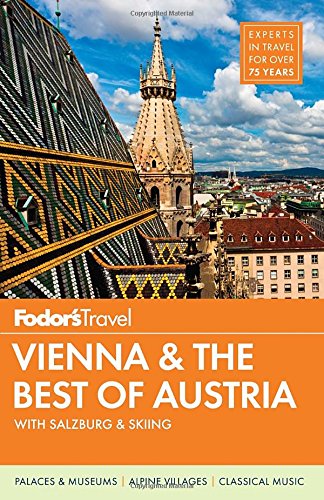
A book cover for Fodor's Vienna & the Best of Austria: with Salzburg & Skiing in the Alps (Travel Guide); Fodor's; Sports & Outdoors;